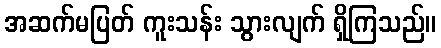
အဆက်မပြတ် ကူးသန်း သွားလျက် ရှိကြသည်။